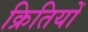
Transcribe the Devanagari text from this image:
क्रितियों